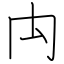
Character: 禸